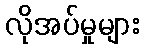
လိုအပ်မှုများ